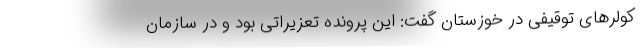
کولرهای توقیفی در خوزستان گفت: این پرونده تعزیراتی بود و در سازمان